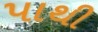
પાથી